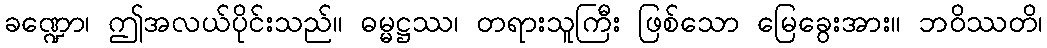
ခဏ္ဍော၊ ဤအလယ်ပိုင်းသည်။ ဓမ္မဋ္ဌဿ၊ တရားသူကြီး ဖြစ်သော မြေခွေးအား။ ဘဝိဿတိ၊